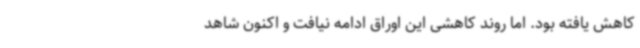
کاهش یافته بود. اما روند کاهشی این اوراق ادامه نیافت و اکنون شاهد